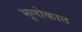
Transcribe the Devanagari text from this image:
भूलोकात